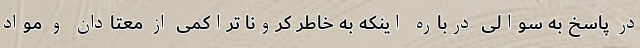
در پاسخ به سوالی درباره اینکه به خاطر کرونا تراکمی از معتادان و مواد